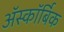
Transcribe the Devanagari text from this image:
ॲस्कॉर्बिक